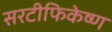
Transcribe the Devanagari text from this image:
सरटीफिकेष्ण